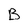
Character: B